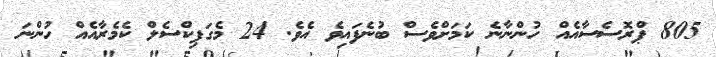
805 ޕްރޮސެސާއެއް ހުންނާނެ ކަމަށްވެސް ބުނެފައިވެ އެވެ. 24 މެގަޕިކްސެލް ކެމެރާއެއް ހުންނަ